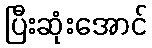
ပြီးဆုံးအောင်